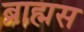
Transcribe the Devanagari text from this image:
ब्राह्मस